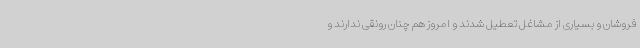
فروشان و بسیاری از مشاغل تعطیل شدند و امروز هم چنان رونقی ندارند و